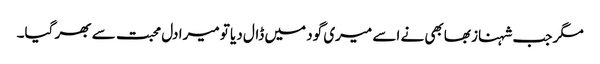
مگر جب شہناز بھابھی نے اسے میری گود میں ڈال دیا تو میرا دل محبت سے بھر گیا۔